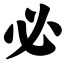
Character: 必